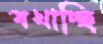
বখাচ্ছি